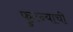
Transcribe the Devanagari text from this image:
फुटन्याची